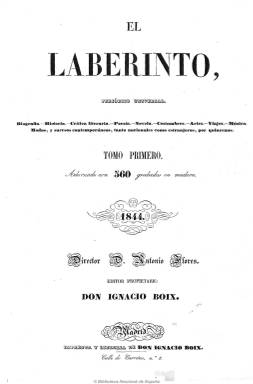
Título: El Laberinto (Madrid)
Colección: Semanarios de amenidades || Cultura
Ámbito geográfico: Madrid
Lugar de publicación: Madrid
Fechas: 01/11/1843-20/10/1845

Revista quincenal ilustrada que aparece el uno de noviembre de 1843 con el subtítulo de “periódico universal” y con centenares de grabados, dirigida por Antonio Flores (1818-1865) y de la que es propietario, editor e impresor el librero y periodista Antonio Boix. Entre 14 y 16 páginas, contiene artículos biográficos, bibliográficos, de historia, filosofía, comercio, crítica literaria, teatro, costumbres, bellas artes, viajes, música, modas y sucesos, tanto nacionales como extranjeros, así como composiciones poéticas, además de anuncios comerciales.

Cuenta con una larga nómina de colaboradores: Juan Eugenio Hartzenbusch (1806-1880), Enrique Gil y Carrasco (1815-1846), Gertrudis Gómez de Avellaneda (1814-1877), Carolina Coronado (1823-1911), Evaristo San Miguel (1785-1862), Antonio Alcalá Galiano (1789-1965), José Zorrilla (1817-1893), Tomás Rodríguez Rubí (1817-1890), Manuel Bretón de los Herreros (1796-1873), Pedro Madrazo y Kuntz (1816-1898), Antonio Gil y Zárate (1793-1861), Gavino Tejado Rodríguez (1819-1891), José Amador de los Ríos (1818-1878), Jacinto de Salas y Quiroga (1813-1849), Cayetano Rosell y López (1817-1883), Leopoldo Augusto de Cueto (1815-1901), Mariano Soriano Fuertes (1817-1880), Agustín Esteban Collantes (1815-1876), Manuel Cañete (1822-1891), Juan del Peral (-1888) y Juan Pérez Calvo (-1870), entre otros. Entre los autores de los grabados aparecen Ortega, Gaspar y Castello.

A partir del uno de mayo de 1845, debido quizá a desavenencias entre Flores y Boix, su colaborador Antonio Ferrer del Río (1814-1872) se hace responsable de la dirección y edición, con el subtítulo “revista pintoresca del Tiempo y del Globo”, publicándose los lunes para los suscriptores de estos dos diarios y con ocho páginas. Su último número es del 20 de octubre de 1845.